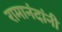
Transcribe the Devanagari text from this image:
रामानंदांनी